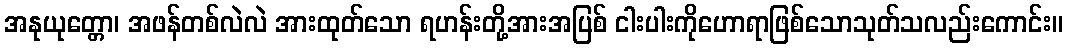
အနုယုတ္တော၊ အဖန်တစ်လဲလဲ အားထုတ်သော ရဟန်းတို့အားအပြစ် ငါးပါးကိုဟောရာဖြစ်သောသုတ်သလည်းကောင်း။